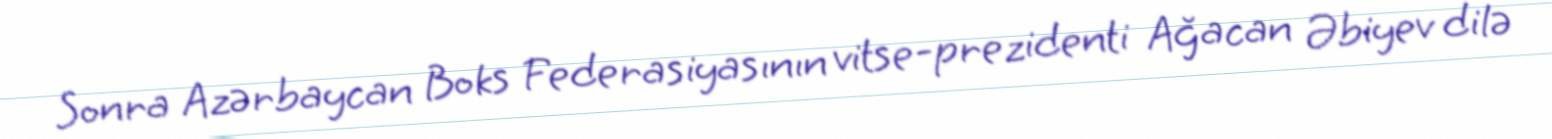
Sonra Azərbaycan Boks Federasiyasının vitse-prezidenti Ağacan Əbiyev dilə